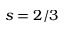
s = 2 / 3